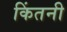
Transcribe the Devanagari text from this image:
किंतनी